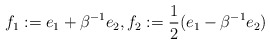
\begin{align*} f_1 := e_1 + \beta^{-1}e_2,f_2:= \frac 1 2(e_1 - \beta^{-1}e_2)\end{align*}